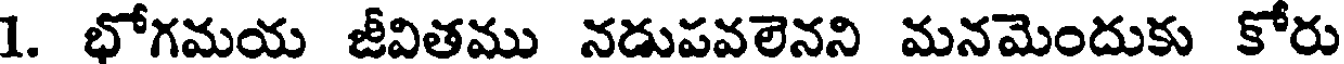
1. భోగమయ జీవితము నడుపవలెనని మనమెందుకు కోరు